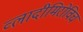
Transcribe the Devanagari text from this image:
व्लादीमिरोविच